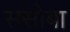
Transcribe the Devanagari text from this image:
ससोबा